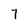
Character: 7